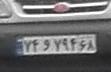
۷۴و۷۹۴۶۸